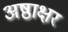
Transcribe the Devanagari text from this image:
अष्ठाक्षर